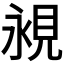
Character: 𧠧